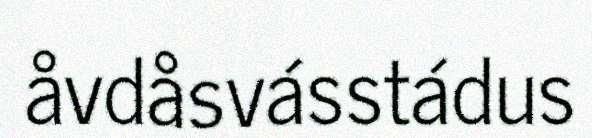
åvdåsvásstádus